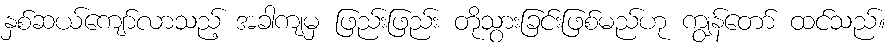
နှစ်ဆယ်ကျော်လာသည့် အခါကျမှ ဖြည်းဖြည်း တိုသွားခြင်းဖြစ်မည်ဟု ကျွန်တော် ထင်သည်။